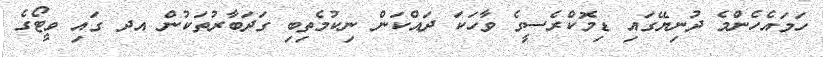
ހަމައެހެންމެ ދުނިޔޭގައި ޑިމޮކްރެސީގެ ވާހަކަ ދައްކަން ނިކުމެތިބި ގަދަބާރުތަކުން އދ ގައި ވީޓޯގެ